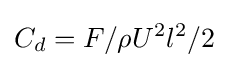
C_{d}=F/\rho U^{2}l^{2}/2